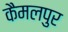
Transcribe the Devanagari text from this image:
कैमलपुर